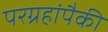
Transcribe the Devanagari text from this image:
परग्रहांपैकी